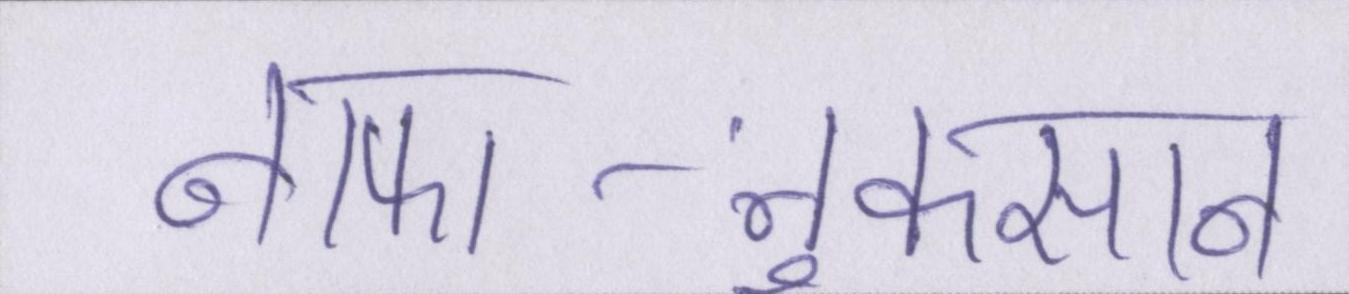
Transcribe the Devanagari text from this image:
नफा-नुकसान